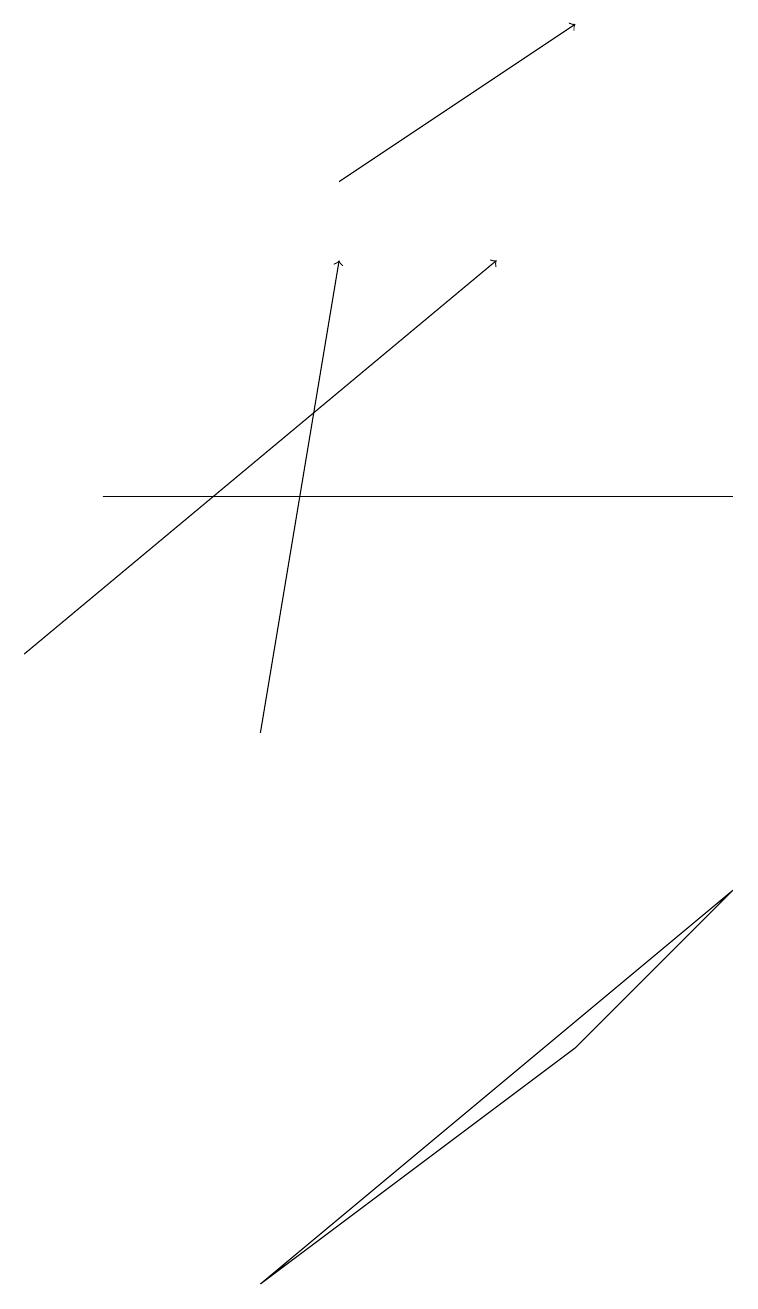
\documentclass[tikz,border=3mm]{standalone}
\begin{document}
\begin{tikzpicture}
\draw[->] (0,11) -- (6,16);
\draw (1,13) rectangle (9,13);
\draw[->] (4,17) -- (7,19);
\draw[->] (3,10) -- (4,16);
\draw (3,3) -- (9,8) -- (7,6) -- cycle;
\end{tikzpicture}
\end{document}